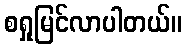
စရှုမြင်လာပါတယ်။